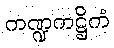
ကဏ္ဍကဋ္ဌိကံ